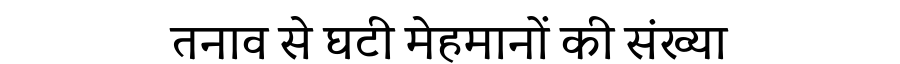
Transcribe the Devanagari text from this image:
तनाव से घटी मेहमानों की संख्या